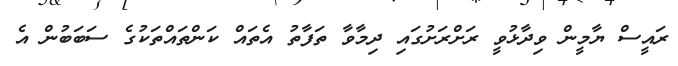
ރައީސް ޔާމީން ވިދާޅުވީ ރަށްރަށުގައި ދިމާވާ ތަފާތު އެތައް ކަންތައްތަކުގެ ސަބަބުން އެ